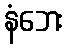
နံဘေး